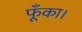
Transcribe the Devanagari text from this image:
फूँका।